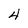
Character: 4